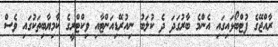
ރާއްޖޭގެ ފުޓްބޯޅައިގައި އެންމެ ބާރުގަދަ ދެ ކުލަބު ނިއުރޭޑިއަންޓާއި ވިކްޓްރީގެ ކާމިޔާބިތަކުގައި ވެސް